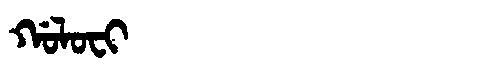
Manchu: ᡤᠣᠯᠣᠸᡳ
Romanization: GOLOFI